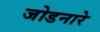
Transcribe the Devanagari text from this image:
जोडनारे